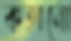
কহানো